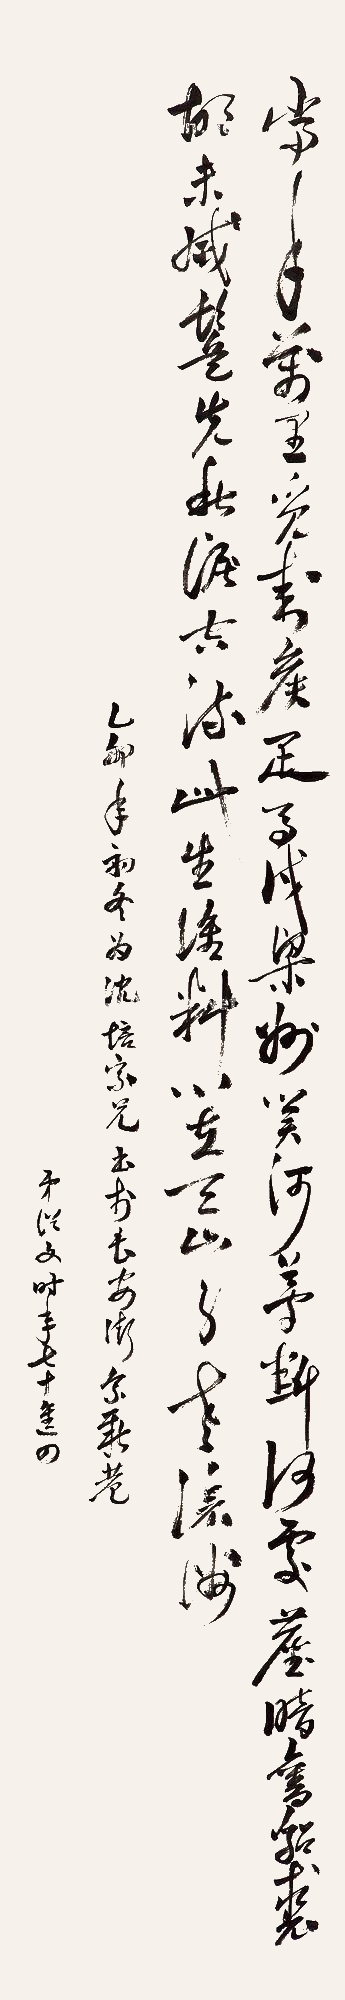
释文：当年万里觅封侯。匹马戍梁州。关河梦断何处，尘暗旧貂裘。胡未灭，鬓先秋。泪空流。此生谁料，心在天山，身老沧洲。乙卯（1975年）初冬，为沈培家兄书于安徽家新巷，弟从文时年七十进四。